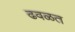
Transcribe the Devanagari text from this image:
ढवळत